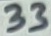
Text: 33